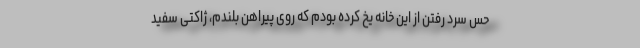
حس سرد رفتن از این خانه یخ کرده بودم که روی پیراهن بلندم، ژاکتی سفید